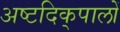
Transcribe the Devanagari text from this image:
अष्टदिक्‌पालों